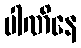
ပါဏိနေ